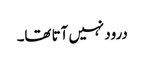
درود نہیں آتا تھا۔